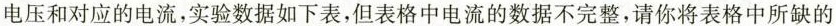
电压和对应的电流，实验数据如下表，但表格中电流的数据不完整，请你将表格中所缺的